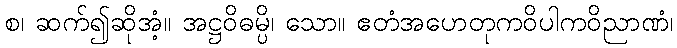
စ၊ ဆက်၍ဆိုအံ့။ အဋ္ဌဝိဓမ္ပိ၊ သော။ ဧတံအဟေတုကဝိပါကဝိညာဏံ၊